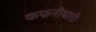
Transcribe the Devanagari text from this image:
कफनीधारी